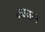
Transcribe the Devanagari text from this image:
मम्पस